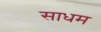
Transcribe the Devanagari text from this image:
साधम